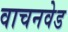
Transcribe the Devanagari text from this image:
वाचनवेड